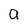
Character: a